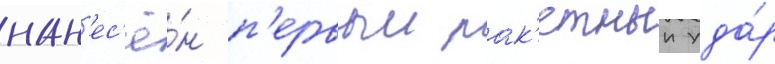
нан'ес'ё́н п'ервыи рак'етныи уда́р